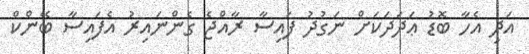
އަދި އެހާ ބޮޑު ޢަދަދަކަށް ނަގުދު ފައިސާ ރާއްޖެ ގެންނައިރު އެފައިސާ ބޭންކް